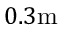
0 . 3 \mathrm { m }